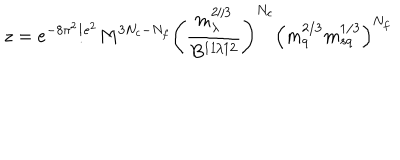
LaTeX: z = e ^ { - 8 \pi ^ { 2 } / e ^ { 2 } } M ^ { 3 N _ { c } - N _ { f } } \Bigg ( \frac { m _ { \lambda } ^ { 2 / 3 } } { B ^ { 1 1 / 1 2 } } \Bigg ) ^ { N _ { c } } \Big ( m _ { q } ^ { 2 / 3 } m _ { s q } ^ { 1 / 3 } \Big ) ^ { N _ { f } }